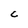
Character: C